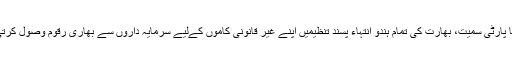
بھارتیہ جنتا پارٹی سمیت، بھارت کی تمام ہندو انتہاء پسند تنظیمیں اپنے غیر قانونی کاموں کےلیے سرمایہ داروں سے بھاری رقوم وصول کرتی رہتی ہیں۔